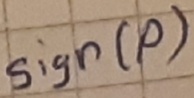
Text: sign(p)